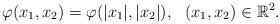
LaTeX: \begin{align*}\varphi(x_1, x_2) = \varphi(|x_1|, |x_2|), \ \ (x_1, x_2) \in {\mathbb R}^2.\end{align*}